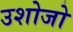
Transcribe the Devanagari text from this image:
उशोजो